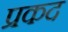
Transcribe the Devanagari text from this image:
प्रकद